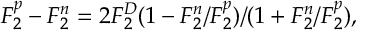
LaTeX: F _ { 2 } ^ { p } - F _ { 2 } ^ { n } = 2 F _ { 2 } ^ { D } ( 1 - F _ { 2 } ^ { n } / F _ { 2 } ^ { p } ) / ( 1 + F _ { 2 } ^ { n } / F _ { 2 } ^ { p } ) ,